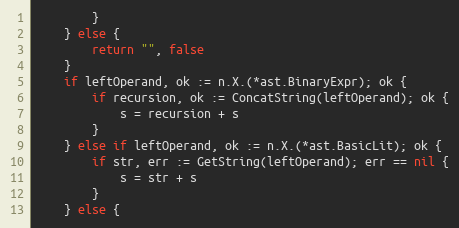
Language: Go
		}
	} else {
		return "", false
	}
	if leftOperand, ok := n.X.(*ast.BinaryExpr); ok {
		if recursion, ok := ConcatString(leftOperand); ok {
			s = recursion + s
		}
	} else if leftOperand, ok := n.X.(*ast.BasicLit); ok {
		if str, err := GetString(leftOperand); err == nil {
			s = str + s
		}
	} else {